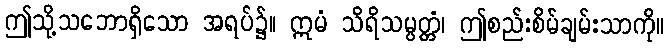
ဤသို့သဘောရှိသော အရပ်၌။ ဣမံ သိရိသမ္ပတ္တံ၊ ဤစည်းစိမ်ချမ်းသာကို။